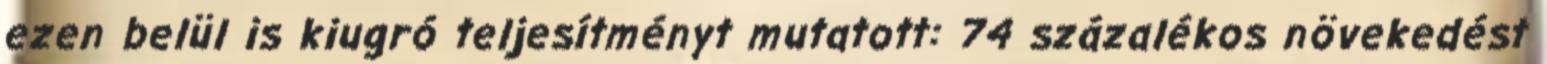
ezen belül is kiugró teljesítményt mutatott: 74 százalékos növekedést